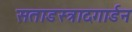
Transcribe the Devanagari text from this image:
सताडस्त्रादगार्डन